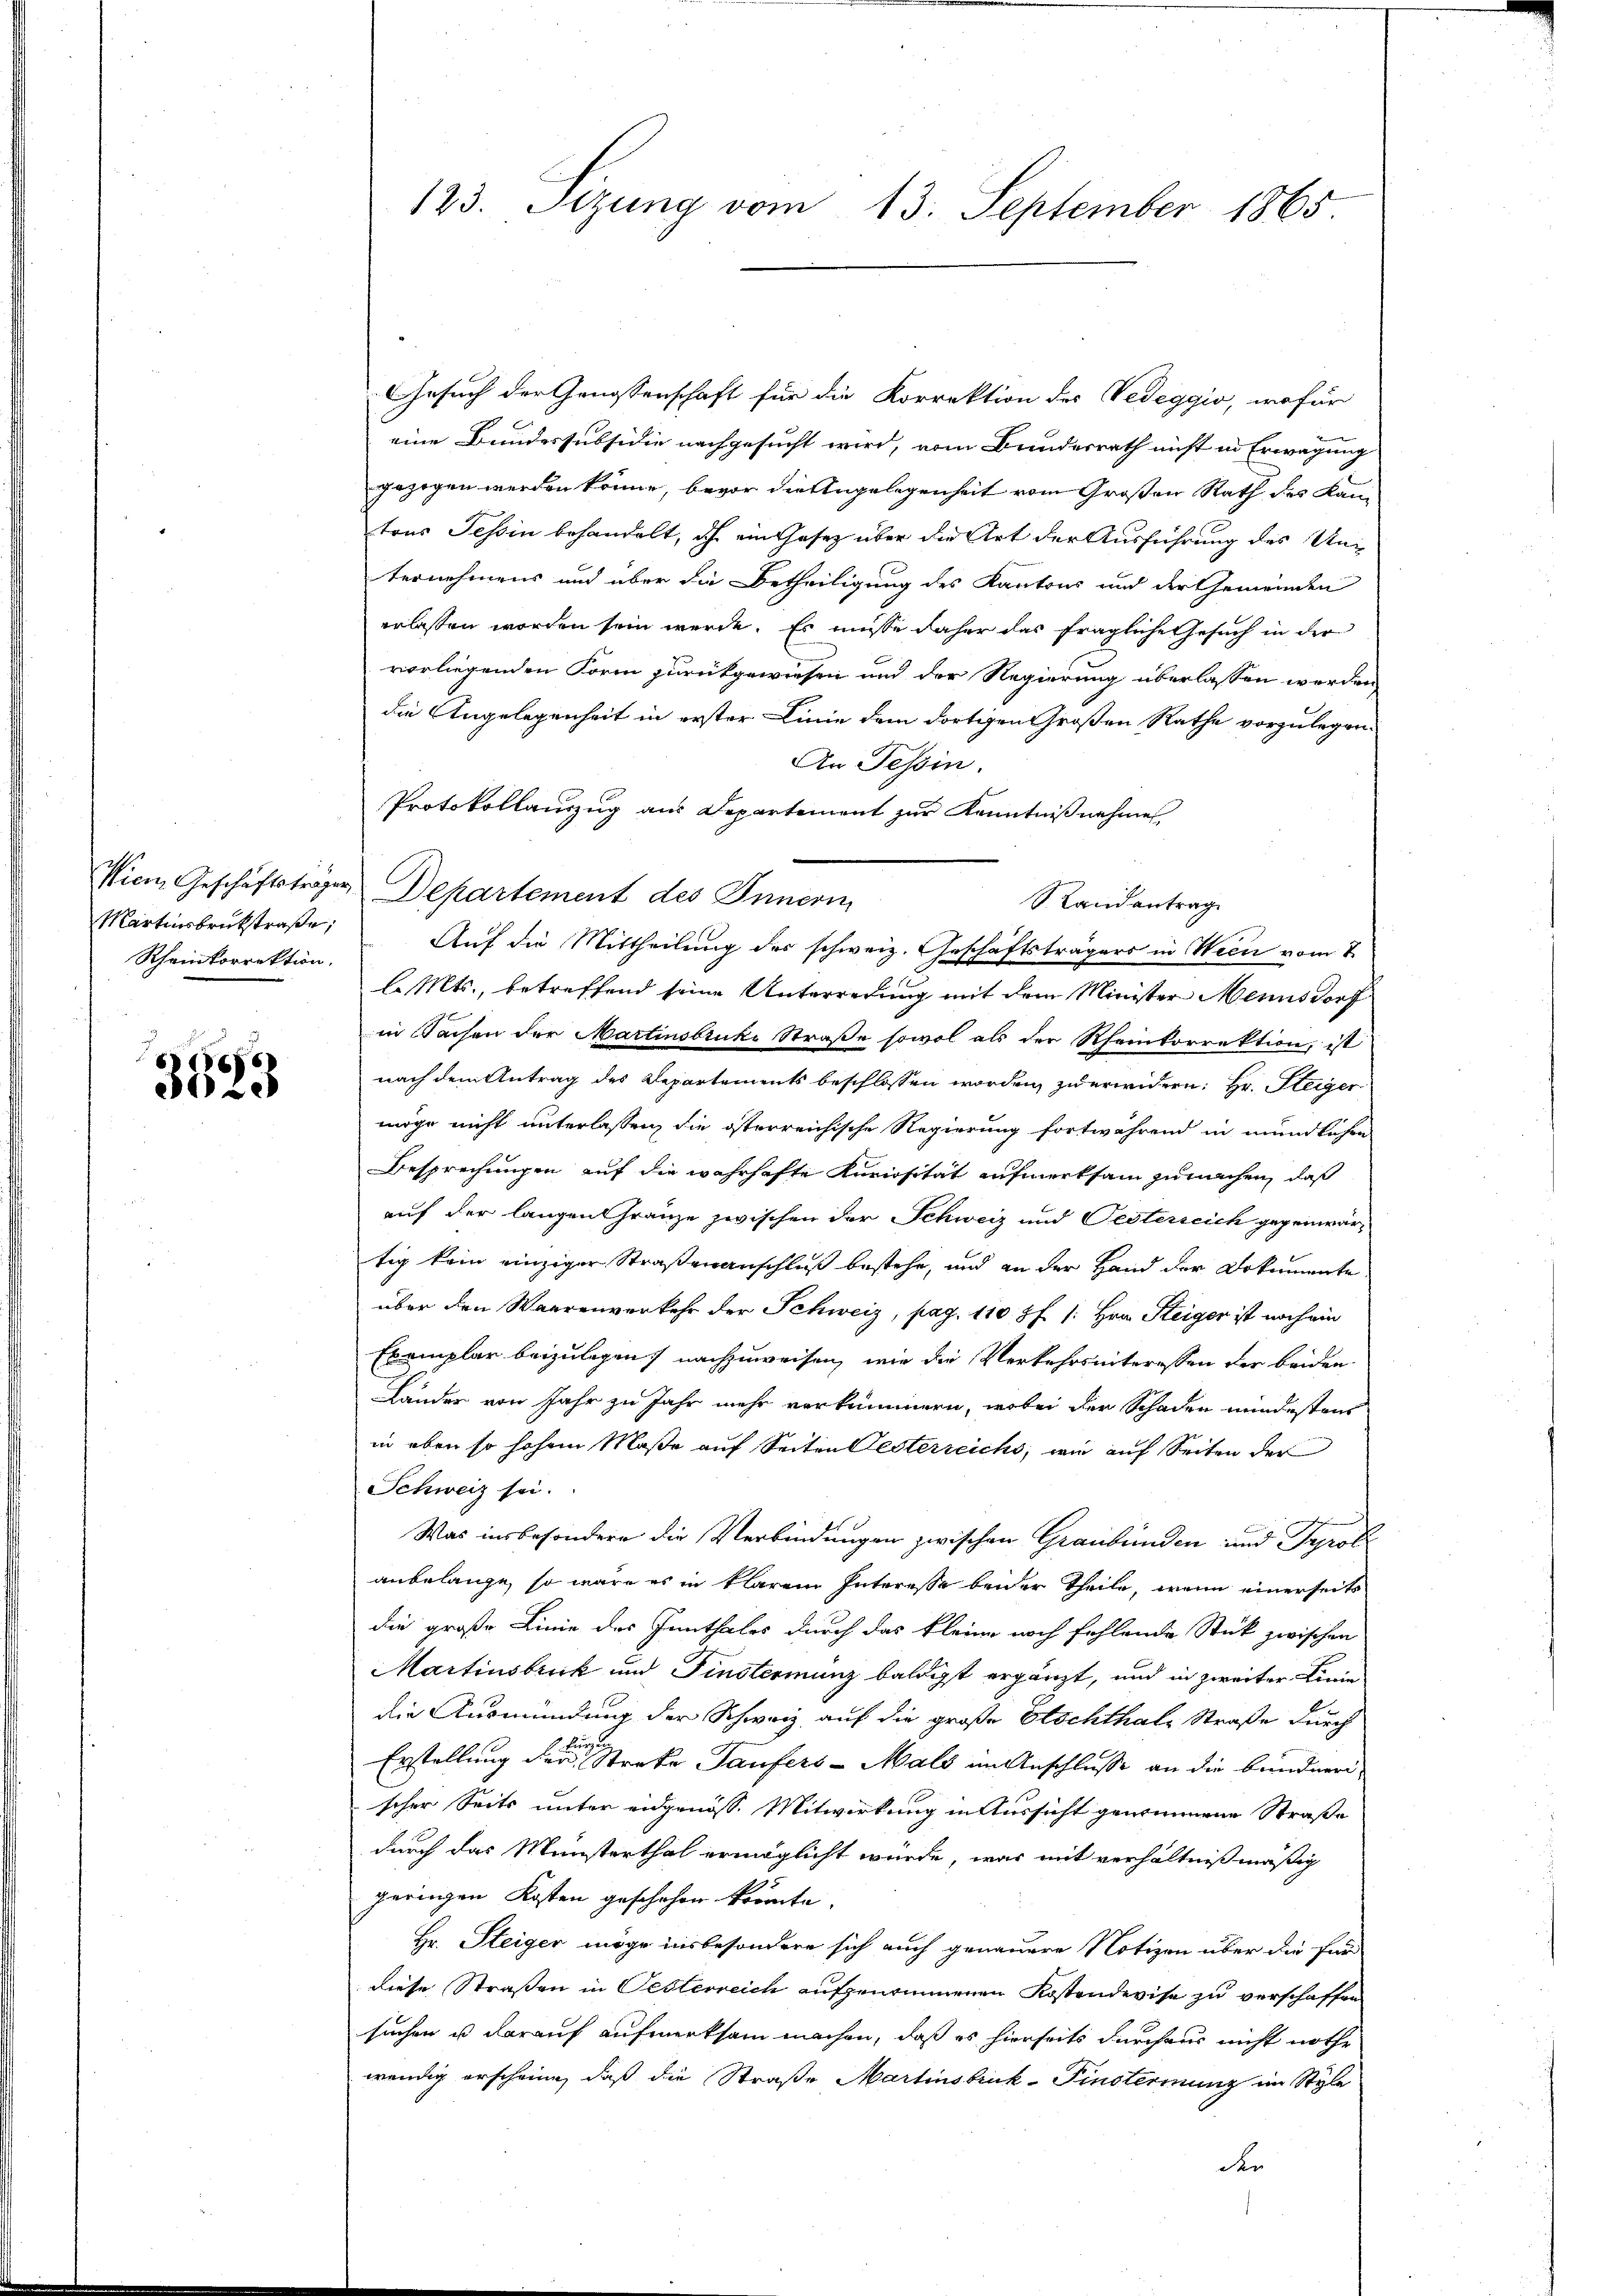
Martinsbruckstraße,
Rheinkorrektion.

3523

Gesuch der Genossenschaft für die Korrektion des Vedeggio, wofür
eine Bundessubsidie nachgesucht wird, vom Bundesrath nicht in Erwägung
gezogen werden könne, bevor die Angelegenheit vom Großen Rath des Kantons Tessin behandelt, ich ein Gesetz über die Art der Ausführung des Unternehmens und über die Betheiligung des Kantons und der Gemeinden
erlassen worden sein werde. Es müsse daher das fragliche Gesuch in der
vorliegenden Form zurückgewiesen und der Regierung überlassen werden
die Angelegenheit in erster Linie dem dortigen Großen Rathe vorzulegen.
An Tessin.
Protokollauszug aus Departement zur Kenntnißnahme
Wien, Geschäftstrager Departement des Innerin
Auf die Mittheilung des schweiz. Geschäftsträgers in Ween vom 2.
l. Mts., betreffend seine Unterredung mit dem Minister Mannsdorf
in Sachen der Martinsbruke Straße sowol als der Rheinkorrektion, ist
nach dem Antrag des Departements beschlossen worden, zu erwidern: Hr. Steiger
möge nicht unterlassen, die österreichische Regierung fortwährend in mündlichen
Besprechungen auf die wahrhafte Kuriosität aufmerksam zu machen, daß
auf der langen Franze zwischen der Schweiz und Oesterreich gegenwärtig kein einziger Straßenanschluß bestehe, und an der Hand der Dokumente
über den Waarenverkehr der Schweiz, pag. 110 Pf /: Hrn. Steiger ist noch ein
Exemplar beizulegen, nachzuweisen, wie die Verkehrsinteressen der beiden
Lander von Jahr zu Jahr mehr verkümmern, wobei der Schaden mindestens
in eben so hohem Maße auf Seiten Oesterreichs, wie auf Seiten der
Schweiz sei.
Was insbesondere die Verbindungen zwischen Graubünden und Prob
anbelange, so wäre es in klarem Interesse beider Theile, wenn einerseits
die große Linie des Innthales durch das kleine noch fehlende Stück zwischen
Martinsbruck und Finsterminz baldigt ergänzt, und in zweiter Linie
die Ausmündung der Schweiz auf die große Etschthale Straße durch
 kurz
Erstellung der Streke Taufers-Mals um Anschlusse an die bundneri-
scher Seits unter eidgenöss. Mitwirkung in Aussicht genommene Straße
durch das Münsterthal ermöglicht wurde, was mit verhältnißmäßig
peringen Kosten geschehen könnte.
Hr. Steiger möge insbesondere sich auch genauere Notizen über die für
diese Straßen in Oesterreich aufgenommenen Kostendevise zu verschaffen
suchen u darauf aufmerksam machen, daß es hierseits durchaus nicht nothe
wendig erscheine, daß die Straße Martinsbruk-Finsterinung im Style
den

123. Sizung vom 13. September 1865

Randantrag